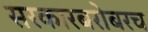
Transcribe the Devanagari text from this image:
सरकारबरोबरच